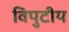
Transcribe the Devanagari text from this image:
विपुटीय